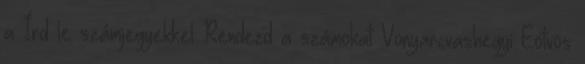
a Írd le számjegyekkel Rendezd a számokat Vonyarcvashegyi Eötvös